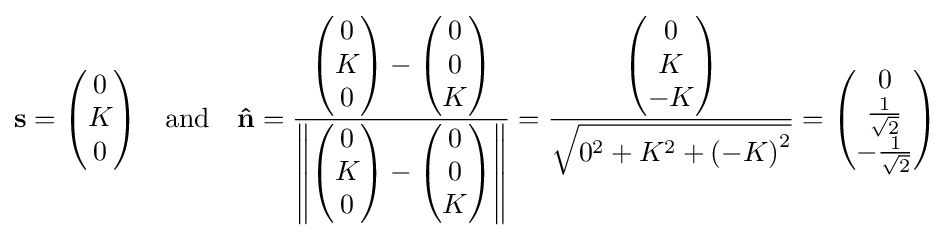
\mathbf {s} ={\begin{pmatrix}0\\K\\0\end{pmatrix}}\quad {\text{and}}\quad \mathbf {\hat {n}} ={\frac {{\begin{pmatrix}0\\K\\0\end{pmatrix}}-{\begin{pmatrix}0\\0\\K\end{pmatrix}}}{\left\|{\begin{pmatrix}0\\K\\0\end{pmatrix}}-{\begin{pmatrix}0\\0\\K\end{pmatrix}}\right\|}}={\frac {\begin{pmatrix}0\\K\\-K\end{pmatrix}}{\sqrt {0^{2}+K^{2}+{(-K)}^{2}}}}={\begin{pmatrix}0\\{\frac {1}{\sqrt {2}}}\\-{\frac {1}{\sqrt {2}}}\end{pmatrix}}